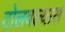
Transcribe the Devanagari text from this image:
टोलवल्यास